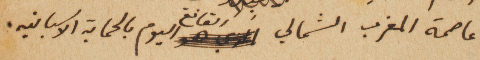
عاصمة المغرب الشمالي القانع اليوم بالحماية الاسبانيه.